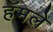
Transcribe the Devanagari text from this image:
हॅमले